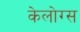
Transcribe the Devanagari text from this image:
केलोग्स